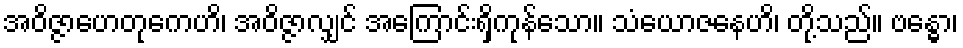
အဝိဇ္ဇာဟေတုကေဟိ၊ အဝိဇ္ဇာလျှင် အကြောင်းရှိကုန်သော။ သံယောဇနေဟိ၊ တို့သည်။ ဗန္ဓော၊